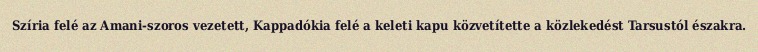
Szíria felé az Amani-szoros vezetett, Kappadókia felé a keleti kapu közvetítette a közlekedést Tarsustól északra.